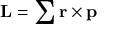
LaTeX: \mathbf { L } = \sum \mathbf { r } \times \mathbf { p }